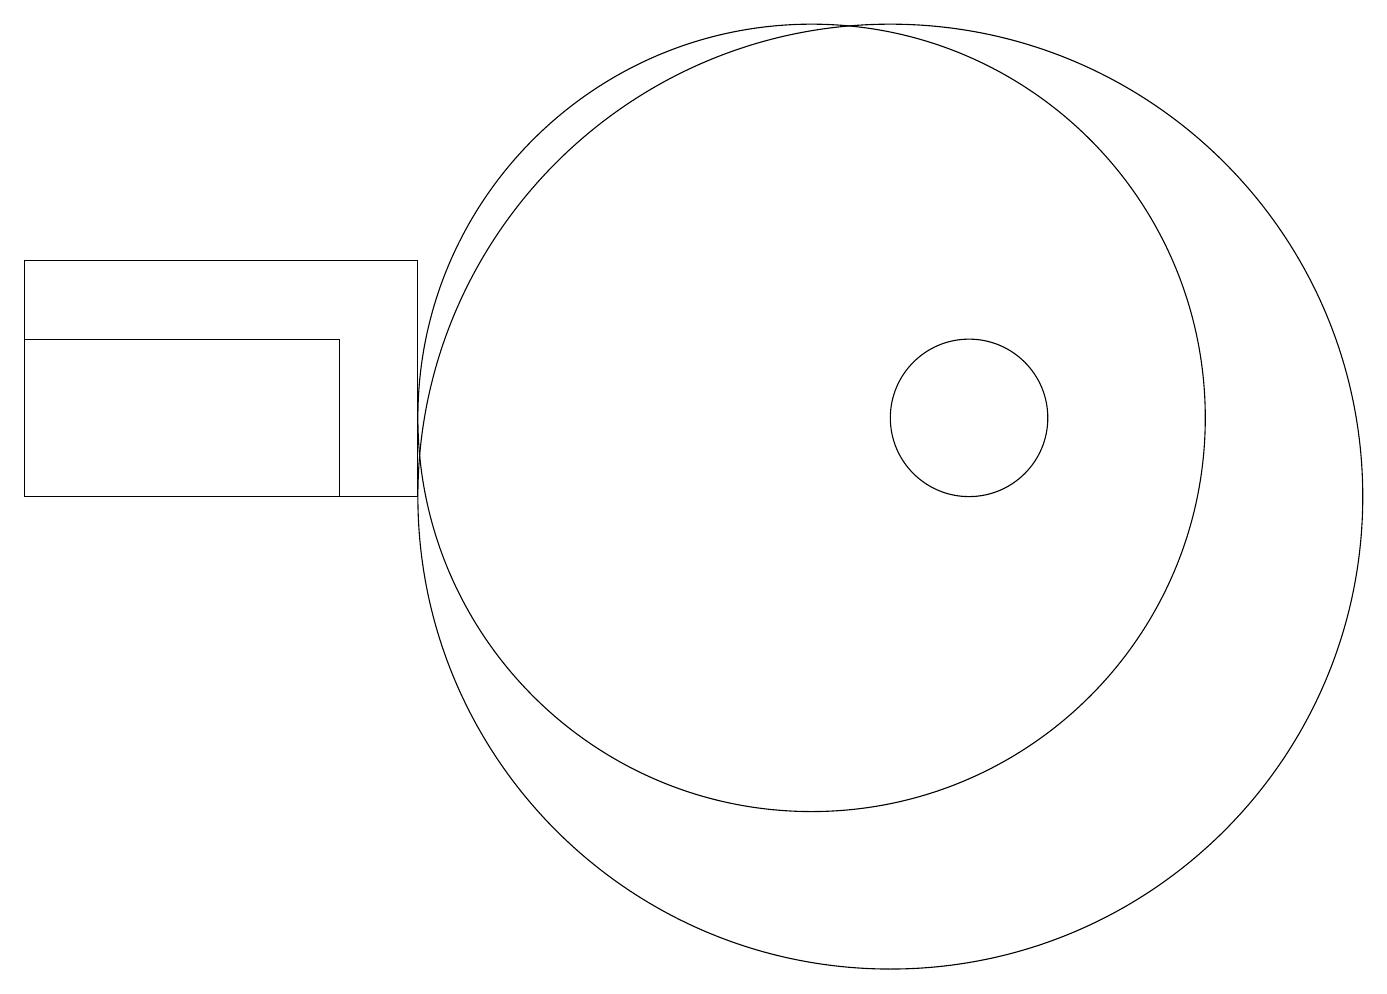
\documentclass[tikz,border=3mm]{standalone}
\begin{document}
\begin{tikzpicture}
\draw (12,11) circle (1);
\draw (10,11) circle (5);
\draw (4,10) rectangle (0,12);
\draw (11,10) circle (6);
\draw (5,10) rectangle (0,13);
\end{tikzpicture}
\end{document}